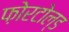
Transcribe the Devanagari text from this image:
फ़ोरटोल्ड